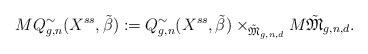
\begin{align*}MQ^{\sim}_{g,n}(X^{ss},\tilde{\beta}):=Q^{\sim}_{g,n}(X^{ss},\tilde{\beta})\times_{\tilde{\mathfrak{M}}_{g,n,d}}M\tilde{\mathfrak{M}}_{g,n,d}.\end{align*}